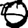
Digit: 0